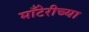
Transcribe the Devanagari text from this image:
माँटेरीच्या